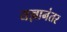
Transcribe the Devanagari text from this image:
यज्ञानंतर